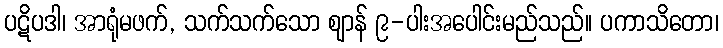
ပဋိပဒါ၊ အာရုံမဖက်, သက်သက်သော ဈာန် ၉-ပါးအပေါင်းမည်သည်။ ပကာသိတော၊